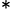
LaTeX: _*